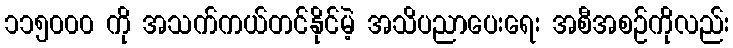
၁၁၅၀၀၀ ကို အသက်ကယ်တင်နိုင်မဲ့ အသိပညာပေးရေး အစီအစဉ်ကိုလည်း